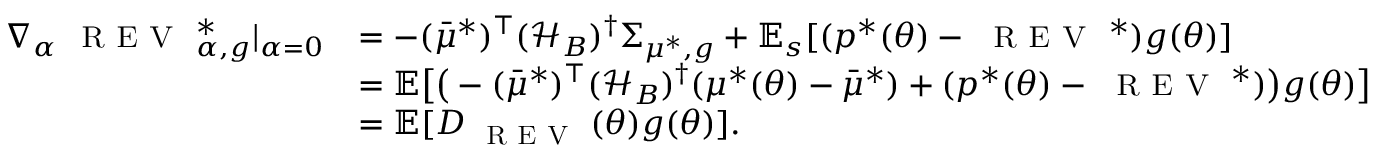
\begin{array} { r l } { \nabla _ { \alpha } { \small \textsc { { R E V } } } _ { \alpha , g } ^ { * } | _ { \alpha = 0 } } & { = - ( { \bar { \mu } ^ { * } } ) ^ { \top } ( { \mathcal { H } } _ { B } ) ^ { \dagger } \Sigma _ { { \mu ^ { * } } , g } + { \mathbb E } _ { s } [ ( p ^ { * } ( \theta ) - { \small \textsc { { R E V } } } ^ { * } ) g ( \theta ) ] } \\ & { = { \mathbb E } \big [ \big ( - ( { \bar { \mu } ^ { * } } ) ^ { \top } ( { \mathcal { H } } _ { B } ) ^ { \dagger } ( { \mu ^ { * } } ( \theta ) - { \bar { \mu } ^ { * } } ) + ( p ^ { * } ( \theta ) - { \small \textsc { { R E V } } } ^ { * } ) \big ) g ( \theta ) \big ] } \\ & { = { \mathbb E } [ D _ { \small \textsc { { R E V } } } ( \theta ) g ( \theta ) ] . } \end{array}